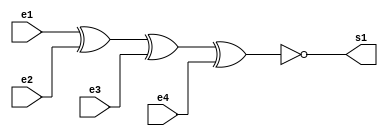
//----------------
//@autor: Rafael de Freitas Queiroz Matosinhos
//@Guia 01 - Exemplo 003
//@Matricula: 420139
//----------------

//----------------
//-- NOR GATE ---
//----------------

module xnorgate (s1, e1, e2, e3, e4);
   output s1;
   input  e1, e2, e3, e4;
   assign s1 = ~(e1^e2^e3^e4);
endmodule


//----------------
//-- XNOR TEST ---
//----------------

module testxnorgate;
reg e1, e2, e3, e4;
wire s1;

xnorgate xnor1 (s1, e1, e2, e3, e4);

initial begin

$display("Guia 01 - Exemplo 03");
      $display("XNOR Gate");
      e4=0; e1=0; e2=0; e3=0;
  #1  $display("~(%b ^ %b ^ %b ^ %b) = %b", e4, e1, e2, e3, s1);
  		e4=0; e1=0; e2=0; e3=1;
  #1  $display("~(%b ^ %b ^ %b ^ %b) = %b", e4, e1, e2, e3, s1);
  		e4=0; e1=0; e2=1; e3=0;
  #1  $display("~(%b ^ %b ^ %b ^ %b) = %b", e4, e1, e2, e3, s1);
  		e4=0; e1=0; e2=1; e3=1;
  #1  $display("~(%b ^ %b ^ %b ^ %b) = %b", e4, e1, e2, e3, s1);
 		e4=0; e1=1; e2=0; e3=0;
  #1  $display("~(%b ^ %b ^ %b ^ %b) = %b", e4, e1, e2, e3, s1);
 		e4=0; e1=1; e2=0; e3=1;
  #1  $display("~(%b ^ %b ^ %b ^ %b) = %b", e4, e1, e2, e3, s1);
  		e4=0; e1=1; e2=1; e3=0;
  #1  $display("~(%b ^ %b ^ %b ^ %b) = %b", e4, e1, e2, e3, s1);
 		e4=0; e1=1; e2=1; e3=1;
  #1  $display("~(%b ^ %b ^ %b ^ %b) = %b", e4, e1, e2, e3, s1);
      e4=1; e1=0; e2=0; e3=0;
  #1  $display("~(%b ^ %b ^ %b ^ %b) = %b", e4, e1, e2, e3, s1);
  		e4=1; e1=0; e2=0; e3=1;
  #1  $display("~(%b ^ %b ^ %b ^ %b) = %b", e4, e1, e2, e3, s1);
  		e4=1; e1=0; e2=1; e3=0;
  #1  $display("~(%b ^ %b ^ %b ^ %b) = %b", e4, e1, e2, e3, s1);
  		e4=1; e1=0; e2=1; e3=1;
  #1  $display("~(%b ^ %b ^ %b ^ %b) = %b", e4, e1, e2, e3, s1);
 		e4=1; e1=1; e2=0; e3=0;
  #1  $display("~(%b ^ %b ^ %b ^ %b) = %b", e4, e1, e2, e3, s1);
 		e4=1; e1=1; e2=0; e3=1;
  #1  $display("~(%b ^ %b ^ %b ^ %b) = %b", e4, e1, e2, e3, s1);
  		e4=1; e1=1; e2=1; e3=0;
  #1  $display("~(%b ^ %b ^ %b ^ %b) = %b", e4, e1, e2, e3, s1);
 		e4=1; e1=1; e2=1; e3=1;
  #1  $display("~(%b ^ %b ^ %b ^ %b) = %b", e4, e1, e2, e3, s1);
	 
  
end
	
endmodule

//--- TESTES -----
//---    Guia 01 - Exemplo 03
//---    XNOR Gate
//---    ~(0 ^ 0 ^ 0 ^ 0) = 1
//---    ~(0 ^ 0 ^ 0 ^ 1) = 0
//---    ~(0 ^ 0 ^ 1 ^ 0) = 0
//---    ~(0 ^ 0 ^ 1 ^ 1) = 1
//---    ~(0 ^ 1 ^ 0 ^ 0) = 0
//---    ~(0 ^ 1 ^ 0 ^ 1) = 1
//---    ~(0 ^ 1 ^ 1 ^ 0) = 1
//---    ~(0 ^ 1 ^ 1 ^ 1) = 0
//---    ~(1 ^ 0 ^ 0 ^ 0) = 0
//---    ~(1 ^ 0 ^ 0 ^ 1) = 1
//---    ~(1 ^ 0 ^ 1 ^ 0) = 1
//---    ~(1 ^ 0 ^ 1 ^ 1) = 0
//---    ~(1 ^ 1 ^ 0 ^ 0) = 1
//---    ~(1 ^ 1 ^ 0 ^ 1) = 0
//---    ~(1 ^ 1 ^ 1 ^ 0) = 0
//---    ~(1 ^ 1 ^ 1 ^ 1) = 1